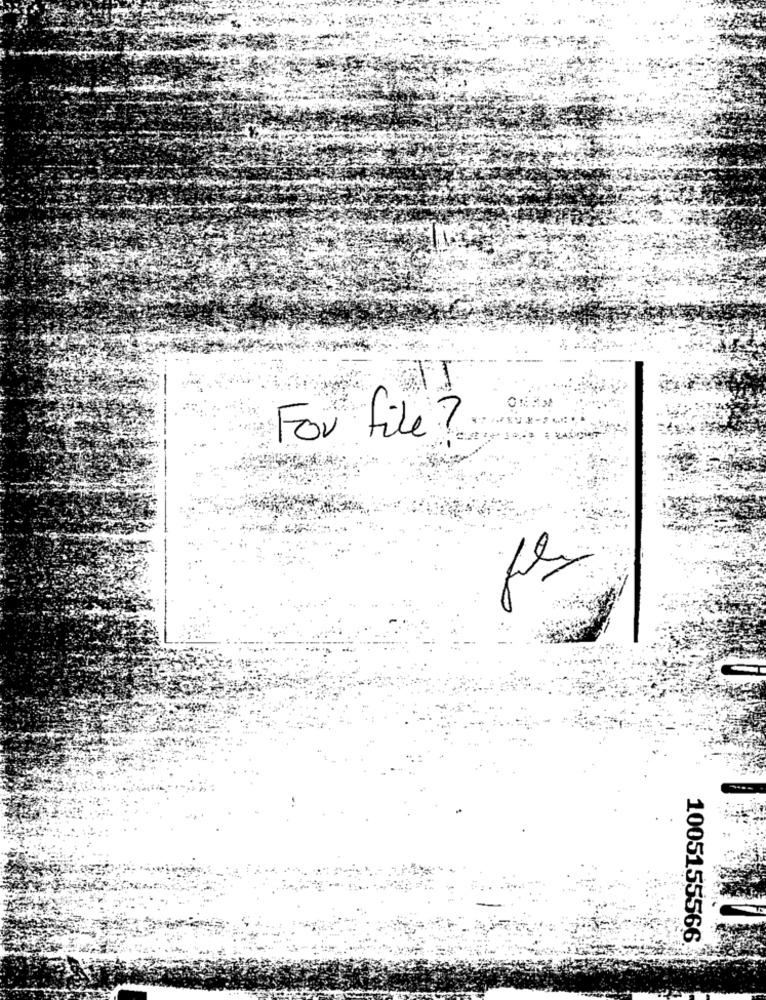
For file ?
1005155566